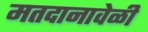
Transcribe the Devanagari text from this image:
मतदानावेळी